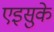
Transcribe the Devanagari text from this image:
एइसुके